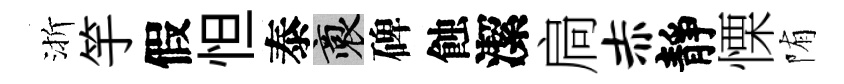
渐竽假怛泰裔碑蝕潔扃赤靜慄陏